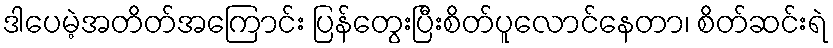
ဒါပေမဲ့အတိတ်အကြောင်း ပြန်တွေးပြီးစိတ်ပူလောင်နေတာ၊ စိတ်ဆင်းရဲ